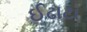
ઈઢાટા